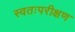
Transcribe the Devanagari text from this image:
स्वतःपरीक्षण